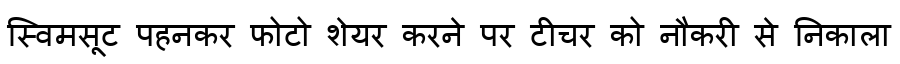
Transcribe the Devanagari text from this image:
स्विमसूट पहनकर फोटो शेयर करने पर टीचर को नौकरी से निकाला